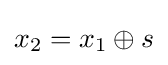
x_{2}=x_{1}\oplus s